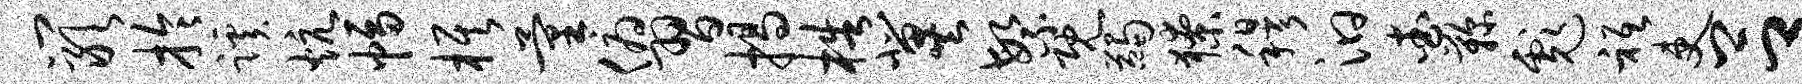
岩拎蹊炕幅旗量俯习揭梏冀繁既蠲獠穆汩查鞠彪只吏吕